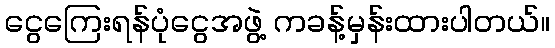
ငွေကြေးရန်ပုံငွေအဖွဲ့ ကခန့်မှန်းထားပါတယ်။